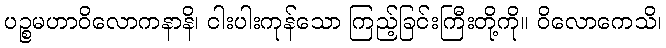
ပဉ္စမဟာဝိလောကနာနိ၊ ငါးပါးကုန်သော ကြည့်ခြင်းကြီးတို့ကို။ ဝိလောကေသိ၊